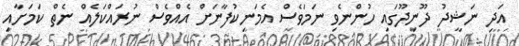
އަދި ނަޝީދު ދޫނިދޫގައި ހުންނެވި ނަމަވެސް އެމަނިކުފާނަށް އެއްވެސް ނުރައްކަލެއް ނެތް ކަމަށާއި